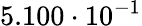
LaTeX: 5.100\cdot 10^{-1}